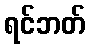
ရင်ဘတ်